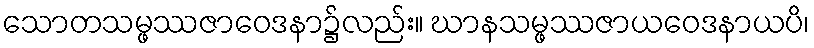
သောတသမ္ဖဿဇာဝေဒနာ၌လည်း။ ဃာနသမ္ဖဿဇာယဝေဒနာယပိ၊